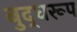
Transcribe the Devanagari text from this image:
बुद्धरूप